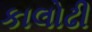
કાલોઢી